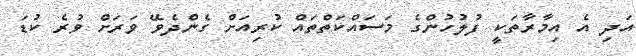
އަދި އެ އިމާރާތަކީ ފުލުހުންގެ މަސައްކަތްތައް ކުރިއަށް ގެންދެވޭ ވަރަށް ވުރެ ކުޑަ